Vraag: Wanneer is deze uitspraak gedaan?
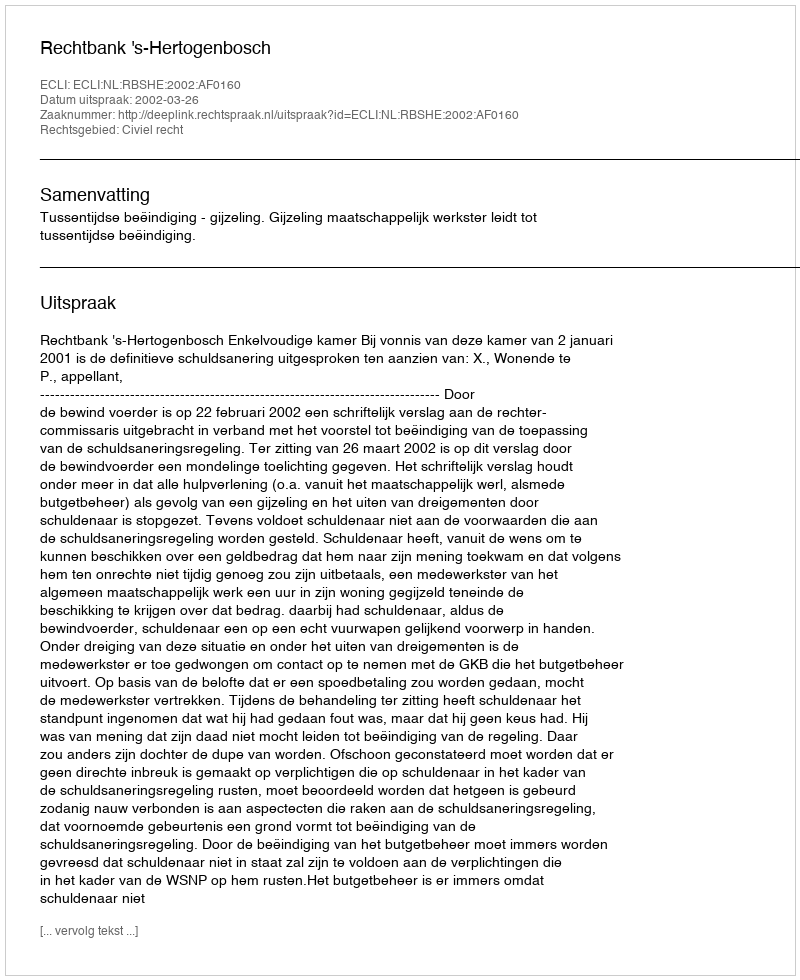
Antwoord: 2002-03-26